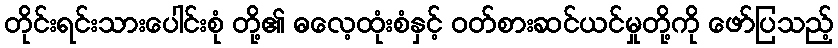
တိုင်းရင်းသားပေါင်းစုံ တို့၏ ဓလေ့ထုံးစံနှင့် ဝတ်စားဆင်ယင်မှုတို့ကို ဖော်ပြသည့်